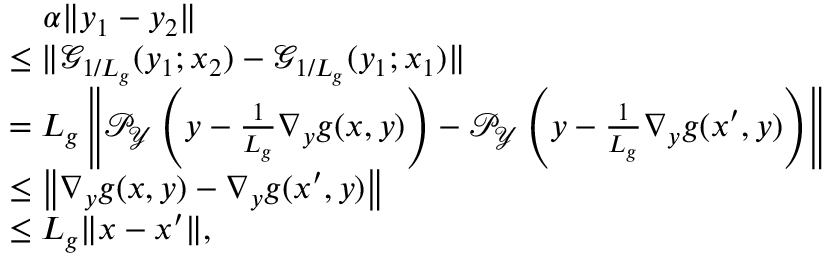
\begin{array} { r l } & { \quad \alpha \Vert y _ { 1 } - y _ { 2 } \Vert } \\ & { \le \Vert { \mathcal { G } } _ { 1 / L _ { g } } ( y _ { 1 } ; x _ { 2 } ) - { \mathcal { G } } _ { 1 / L _ { g } } ( y _ { 1 } ; x _ { 1 } ) \Vert } \\ & { = L _ { g } \left\Vert { \mathcal { P } } _ { { \mathcal { Y } } } \left( y - \frac { 1 } { L _ { g } } \nabla _ { y } g ( x , y ) \right) - { \mathcal { P } } _ { { \mathcal { Y } } } \left( y - \frac { 1 } { L _ { g } } \nabla _ { y } g ( x ^ { \prime } , y ) \right) \right\Vert } \\ & { \le \left\Vert \nabla _ { y } g ( x , y ) - \nabla _ { y } g ( x ^ { \prime } , y ) \right\Vert } \\ & { \le L _ { g } \Vert x - x ^ { \prime } \Vert , } \end{array}